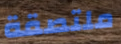
ملتصقة